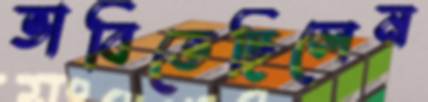
ভাবিতেছিলেন